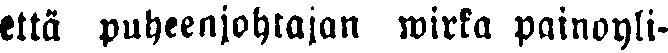
että puheenjohtajan wirka painoyli-